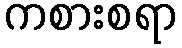
ကစားစရာ